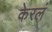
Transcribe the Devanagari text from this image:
केरलं